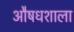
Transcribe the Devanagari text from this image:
औषधशाला